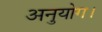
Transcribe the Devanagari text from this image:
अनुयोग।